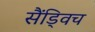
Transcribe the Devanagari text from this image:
सैंड्विच